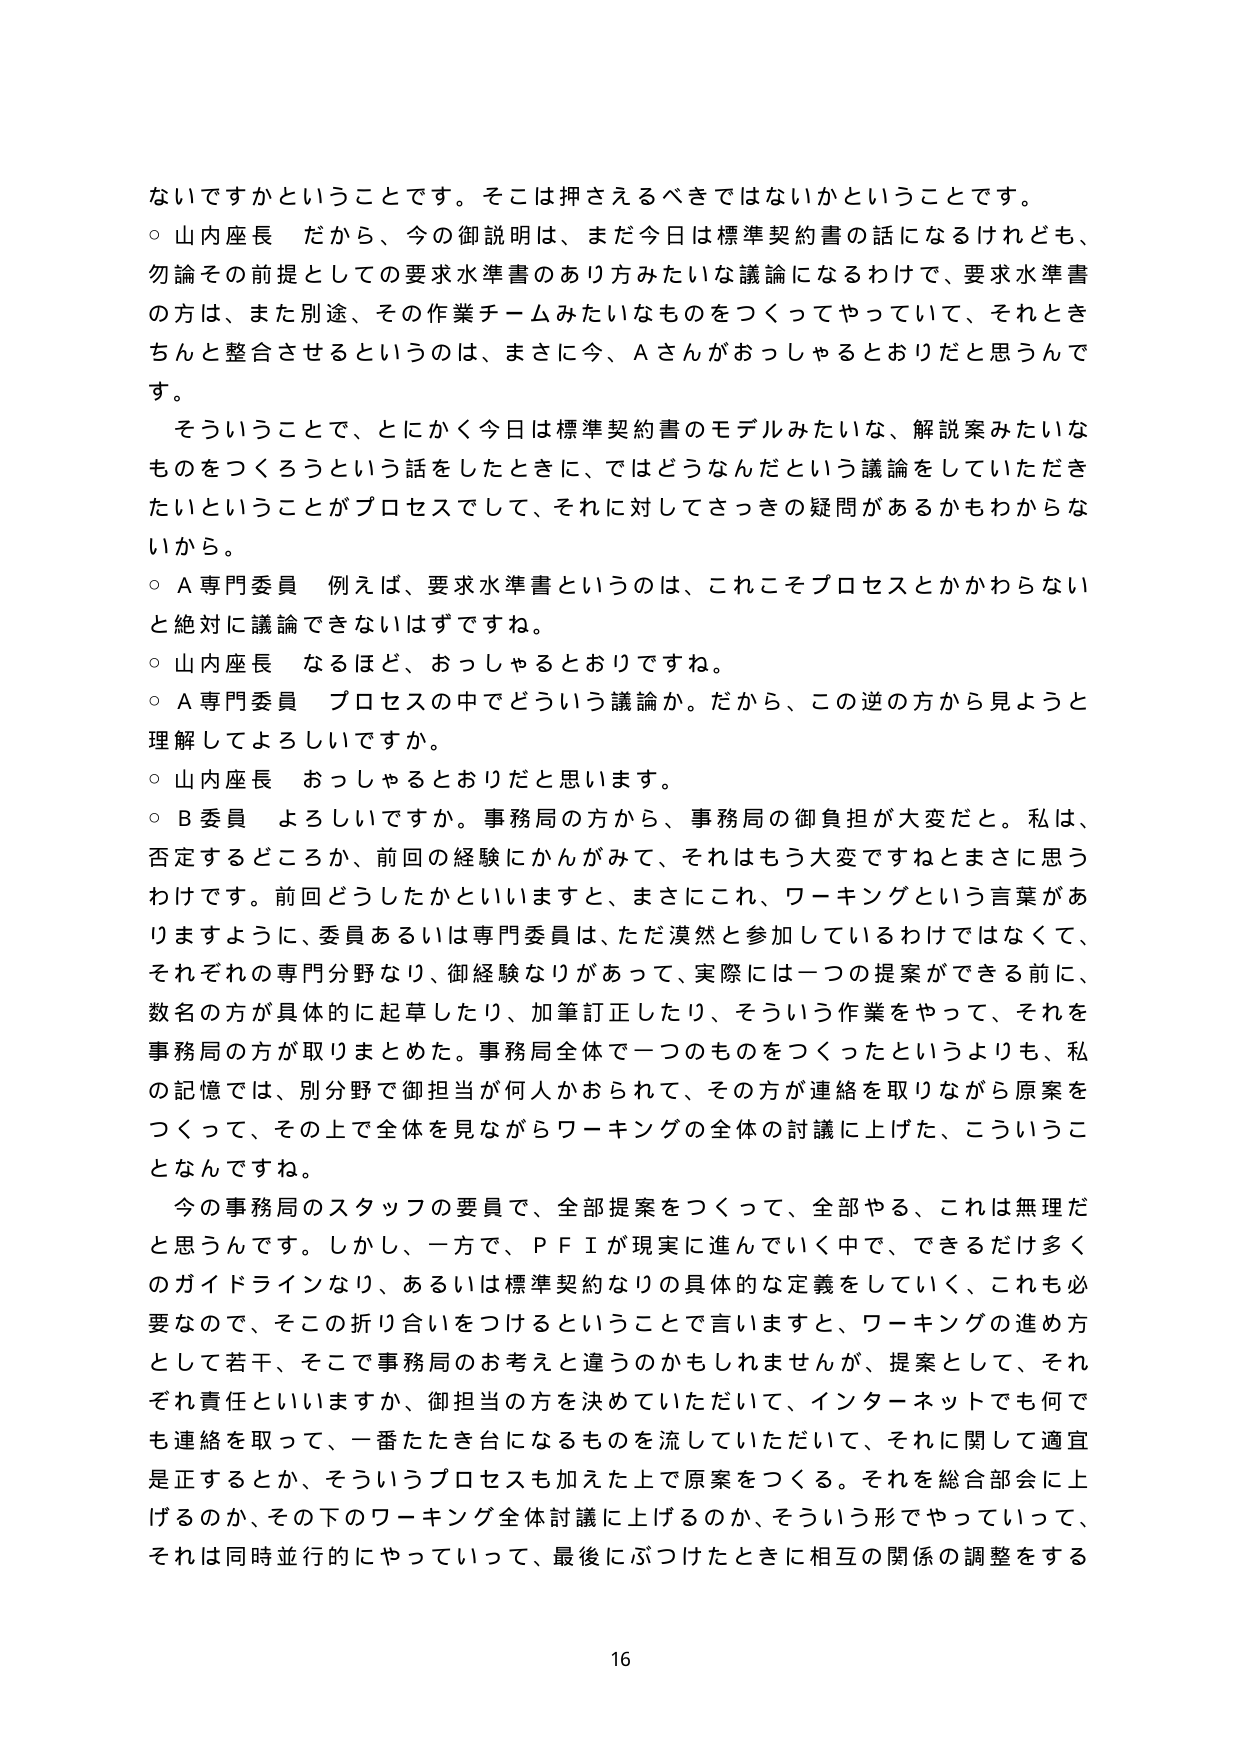
ないですかということです。そこは押さえるべきではないかということです。
○ 山内座長 だから、今の御説明は、まだ今日は標準契約書の話になるけれども、
勿論その前提としての要求水準書のあり方みたいな議論になるわけで、要求水準書
の方は、また別途、その作業チームみたいなものをつくってやっていて、それとき
ちんと整合させるというのは、まさに今、Aさんがおっしゃるとおりだと思うんで
す。
そういうことで、とにかく今日は標準契約書のモデルみたいな、解説案みたいな
ものを作ろうという話をしたときに、ではどうなんだという議論をしていただき
たいということがプロセスとして、それに対してさっきの疑問があるかもわからな
いから。
○ A専門委員 例えば、要求水準書というのは、これこそプロセスとかかわらない
と絶対に議論できないはずです。
○ 山内座長 なるほど、おっしゃるとおりですね。
○ A専門委員 プロセスの中でどういう議論か。だから、この逆の方から見ようと
理解してよろしいですか。
○ 山内座長 おっしゃるとおりだと思います。
○ B委員 よろしいですか。事務局の方から、事務局の御負担が大変だと。私は、
否定するどころか、前回の経験にかんがみて、それはもう大変ですねとまさに思う
わけです。前回どうしたかといいますと、まさにこれ、ワーキングという言葉があ
りますように、委員あるいは専門委員は、ただ漠然と参加しているわけではなくて、
それぞれの専門分野なり、御経験なりがあって、実際には一つの提案ができる前に、
数名の方が具体的に起草したり、加筆訂正したり、そういう作業をやって、それを
事務局の方が取りまとめた。事務局全体で一つのものを作ったというよりも、私
の記憶では、別分野で御担当が何人かおられて、その方が連絡を取りながら原案を
つくって、その上で全体を見ながらワーキングの全体の討議に上げた、こういうこ
となんですね。
今の事務局のスタッフの要員で、全部提案をつくって、全部やる、これは無理だ
と思うんです。しかし、一方で、ＰＦＩが現実に進んでいく中で、できるだけ多く
のガイドラインなり、あるいは標準契約なりの具体的な定義をしていく、これも必
要なので、そこの折り合いをつけるということで言いますと、ワーキングの進め方
として若干、そこで事務局のお考えと違うのかもしれませんが、提案として、それ
ぞれ責任といいますか、御担当の方を決めていただいて、インターネットでも何で
も連絡を取って、一番たたき台になるものを流していただいて、それに関して適宜
是正するとか、そういうプロセスも加えた上で原案をつくる。それを総合部会上
げるのか、その下のワーキング全体討議に上げるのか、そういう形でやっていって、
それは同時並行的にやっていって、最後にぶつけたときに相互の関係の調整をする

16